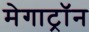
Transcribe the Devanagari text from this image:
मेगाट्रॉन